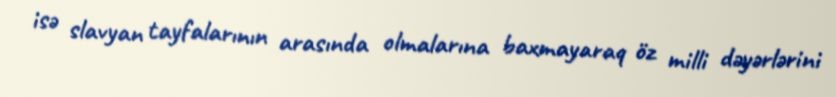
isə slavyan tayfalarının arasında olmalarına baxmayaraq öz milli dəyərlərini